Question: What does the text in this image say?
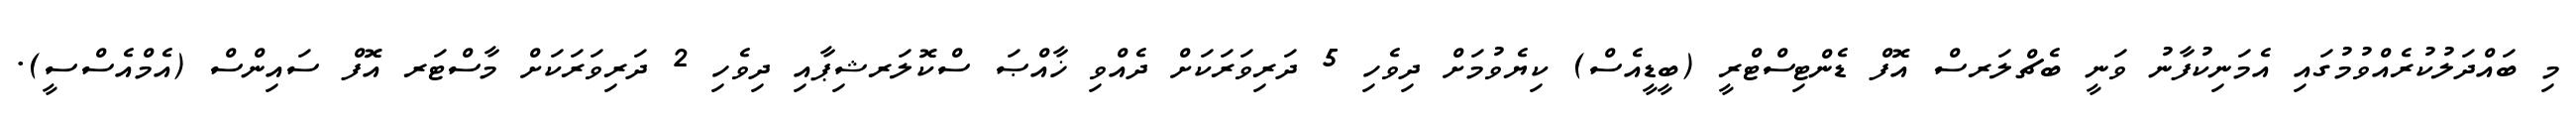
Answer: މި ބައްދަލުކުރެއްވުމުގައި އެމަނިކުފާނު ވަނީ ބެޗްލަރސް އޮފް ޑެންޓިސްޓްރީ (ބީޑީއެސް) ކިޔެވުމަށް ދިވެހި 5 ދަރިވަރަކަށް ދެއްވި ޚާއްޞަ ސްކޮލަރޝިޕާއި ދިވެހި 2 ދަރިވަރަކަށް މާސްޓަރ އޮފް ސައިންސް (އެމްއެސްސީ).